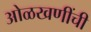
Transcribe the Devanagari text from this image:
ओळखणींची